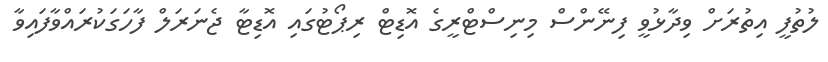
ލުތުފީ އިތުރަށް ވިދާޅުވީ ފިނޭންސް މިނިސްޓްރީގެ އޮޑިޓް ރިޕޯޓުގައި އޮޑިޓާ ޖެނަރަލް ފާހަގަކުރައްވާފައިވާ